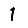
Digit: 1